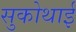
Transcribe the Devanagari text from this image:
सुकोथाई